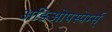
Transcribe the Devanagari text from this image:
अङिओपस्पेर्म्स्